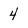
Character: 4